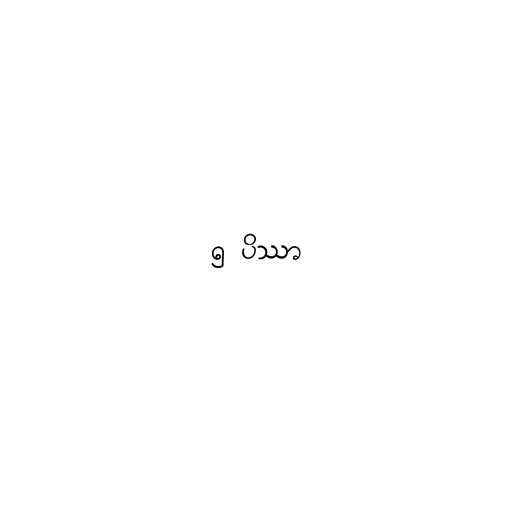
၅ ပိဿာ